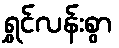
ရွှင်လန်းစွာ